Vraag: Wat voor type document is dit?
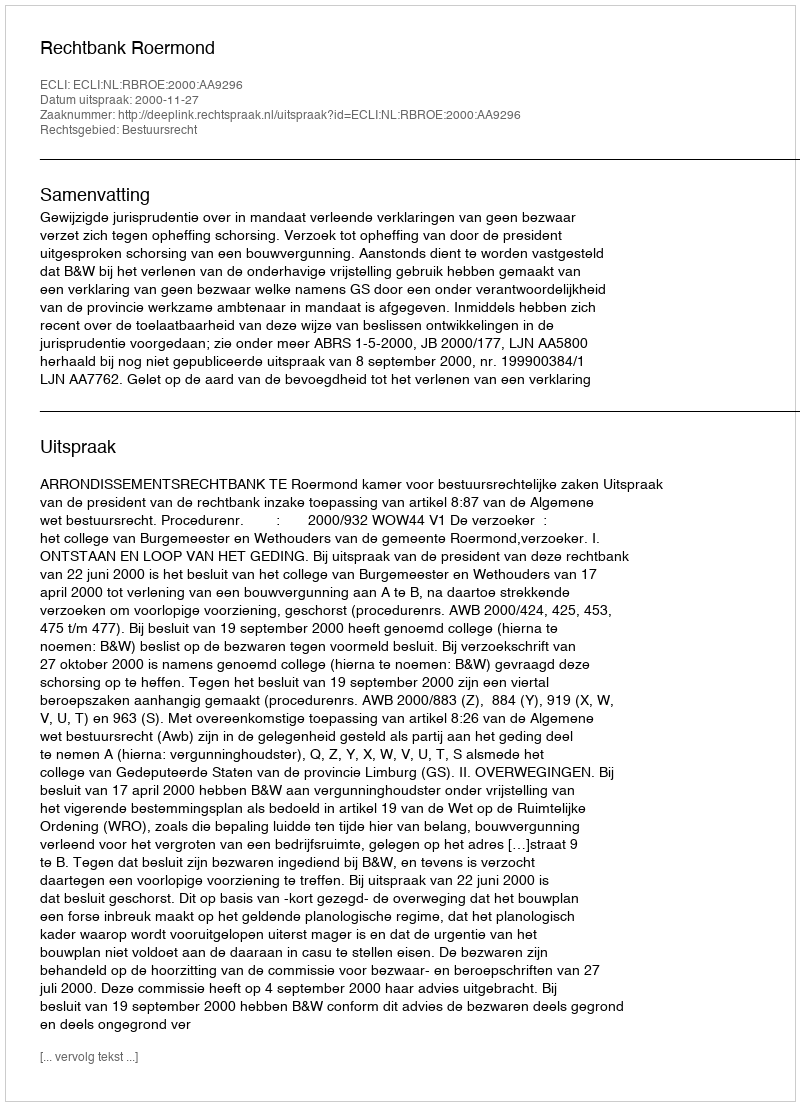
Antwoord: Uitspraak